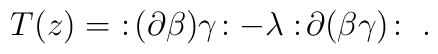
T(z) =\ :\! (\partial \beta) \gamma \! :- \lambda :\! \partial( \beta \gamma ) \! :\ .